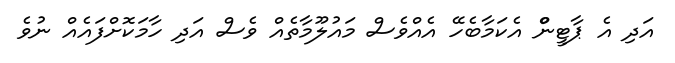
އަދި އެ ޕާޓީންް އެކަމާބެހޭ އެއްވެސް މައުލޫމާތެއް ވެސް އަދި ހާމަކޮށްފައެއް ނުވެ